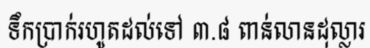
ទឹកប្រាក់រហូតដល់ទៅ ៣.៨ ពាន់លានដុល្លារ